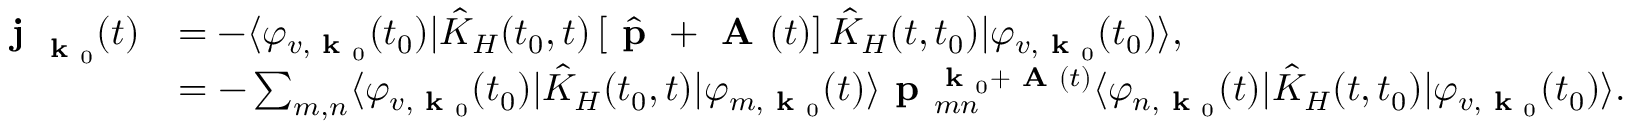
\begin{array} { r l } { \textbf { j } _ { \textbf { k } _ { 0 } } ( t ) } & { = - \langle \varphi _ { v , \textbf { k } _ { 0 } } ( t _ { 0 } ) | \hat { K } _ { H } ( t _ { 0 } , t ) \left[ \hat { \textbf { p } } + \textbf { A } ( t ) \right] \hat { K } _ { H } ( t , t _ { 0 } ) | \varphi _ { v , \textbf { k } _ { 0 } } { ( t _ { 0 } ) } \rangle , } \\ & { = - \sum _ { m , n } \langle \varphi _ { v , \textbf { k } _ { 0 } } ( t _ { 0 } ) | \hat { K } _ { H } ( t _ { 0 } , t ) | \varphi _ { m , \textbf { k } _ { 0 } } ( t ) \rangle \textbf { p } _ { m n } ^ { \textbf { k } _ { 0 } + \textbf { A } ( t ) } \langle \varphi _ { n , \textbf { k } _ { 0 } } ( t ) | \hat { K } _ { H } ( t , t _ { 0 } ) | \varphi _ { v , \textbf { k } _ { 0 } } ( t _ { 0 } ) \rangle . } \end{array}